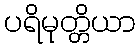
ပရိမုတ္တိယာ